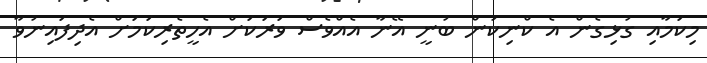
މިކަމާއި ގުޅިގެން އެ ކްނިކުން ބުނީ އޭނާ އެއްވެސް ވަރަކަށް އެހީތެެރިކަމަށް އެދިފައިނުވާ